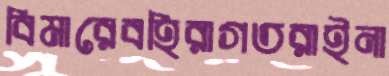
বিমারেবহিরাগতরাইনা